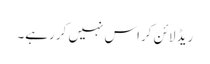
ریڈ لائن کراس نہیں کر رہے۔